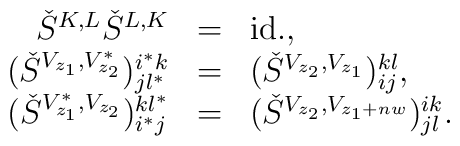
\begin{array}{rcl}\check{S}^{K,L}\check{S}^{L,K} & = & \mbox{id.}, \\(\check{S}^{V_{z_1 }, V^{*}_{z_{2}}})^{i^* k}_{jl^* } & = &(\check{S}^{V_{z_2 }, V_{z_1 }})^{kl}_{ij}, \\(\check{S}^{V^{*}_{z_1 }, V_{z_{2}}})_{i^* j}^{kl^* } & = &(\check{S}^{V_{z_2 }, V_{z_1 +nw}})^{ik}_{jl}.\end{array}